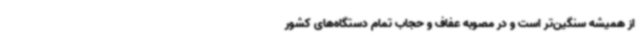
از همیشه سنگین‌تر است و در مصوبه عفاف و حجاب تمام دستگاه‌های کشور